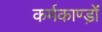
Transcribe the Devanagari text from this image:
कर्मकाण्ड़ों